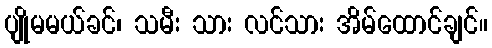
ပျိုမမယ်ခင်၊ သမီး သား လင်သား အိမ်ထောင်ချင်။